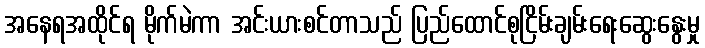
အနေရအထိုင်ရ မိုက်မဲကာ အင်းယားစင်တာသည် ပြည်ထောင်စုငြိမ်းချမ်းရေးဆွေးနွေးမှု